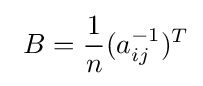
\ B={1 \over n}(a_{ij}^{-1})^{T}